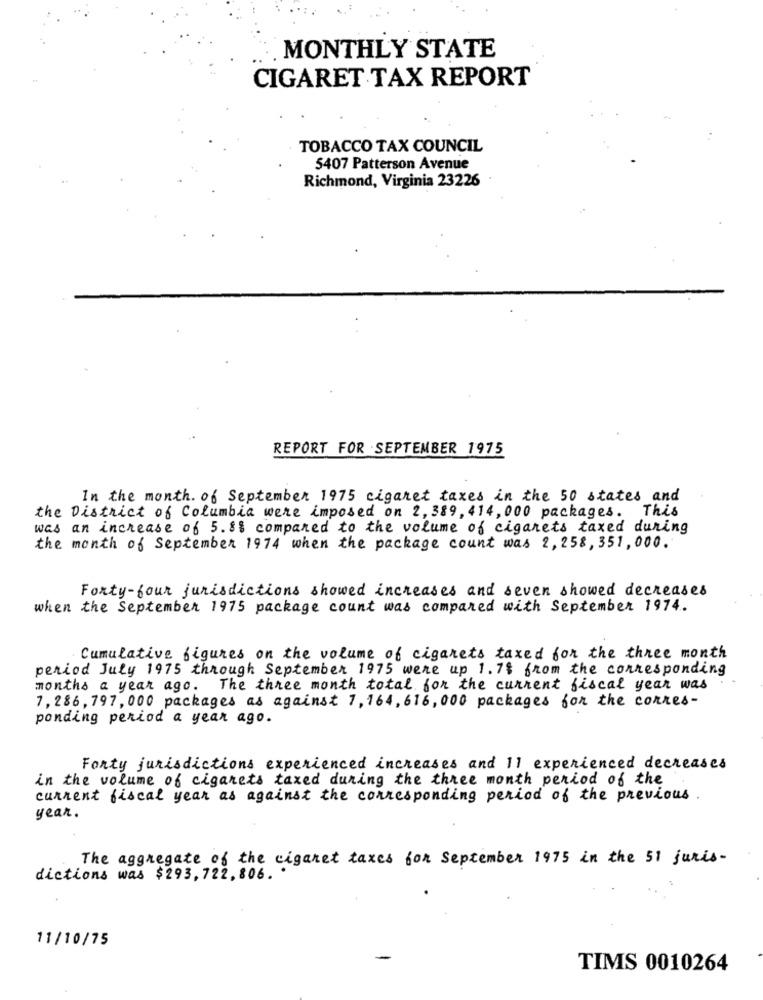
MONTHLY STATE
CIGARET TAX REPORT
TOBACCO TAX COUNCIL
5407 Patterson Avenue
Richmond, Virginia 23226
REPORT FOR SEPTEMBER 1975
In the month. of September 1975 cigaret taxes in the 50 states and
the District of Columbia were imposed on 2, 389, 414, 000 packages. This
was an increase of 5.8% compared to the volume of cigarets taxed during
the month of September 1974 when the package count was 2, 258, 351,000.
Forty-four jurisdictions showed increases and seven showed decreases
when the September 1975 package count was compared with September 1974.
Cumulative figures on the volume of cigarets taxed for the three month
period July 1975 through September 1975 were up 1.7% from the corresponding
months a year ago. The three month total for the current fiscal year was
7,286, 797,000 packages as against 7,164, 616,000 packages for the corres-
ponding period a year ago.
Forty jurisdictions experienced increases and 11 experienced decreases
in the volume of cigarets taxed during the three month period of the
current fiscal year as against the corresponding period of the previous
year.
The aggregate of the cigaret taxes for September 1975 in the 51 juris-
dictions was $293, 722, 806. .
11/10/75
TIMS 0010264